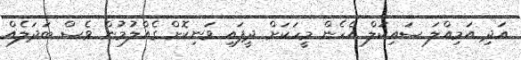
އަދި އަމިއްލަ ސައިކަލް އެހެން މީހަކަށް ދީފައި ވަނިކޮށް ގެއްލުމުން ވެސް ބަދަލެއް